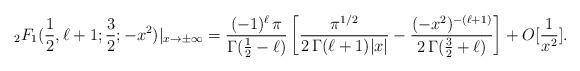
LaTeX: \begin{align*} {}_2F_1(\frac{1}{2},\ell+1;\frac{3}{2};-x^2)|_{x\rightarrow \pm \infty} = \frac{(-1)^\ell\, \pi}{\Gamma(\frac{1}{2}-\ell)}\left[ \frac{ \pi^{1/2}}{2\, \Gamma(\ell+1)|x|} - \frac{(-x^2)^{-(\ell+1)}}{2\, \Gamma(\frac{3}{2}+\ell)}\right] + O[\frac{1}{x^2}].\end{align*}